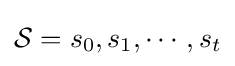
{\mathcal {S}}=s_{0},s_{1},\cdots ,s_{t}